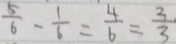
\frac { 5 } { 6 } - \frac { 1 } { 6 } = \frac { 4 } { 6 } = \frac { 3 } { 3 }